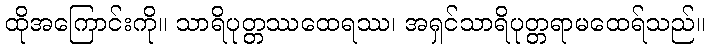
ထိုအကြောင်းကို။ သာရိပုတ္တဿထေရဿ၊ အရှင်သာရိပုတ္တရာမထေရ်သည်။